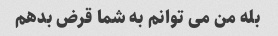
بله من می توانم به شما قرض بدهم